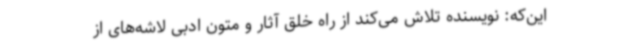
این‌که: نویسنده تلاش می‌کند از راه خلق آثار و متون ادبی لاشه‌های از